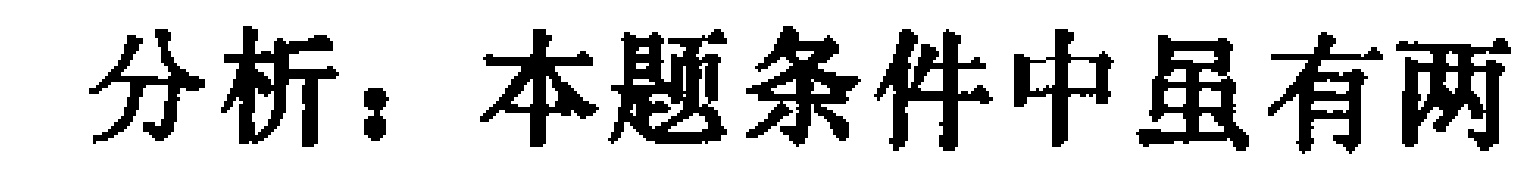
分析：本题条件中虽有两